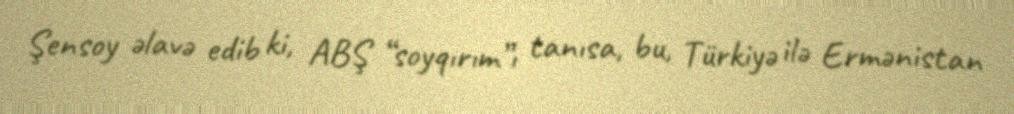
Şensoy əlavə edib ki, ABŞ “soyqırım”ı tanısa, bu, Türkiyə ilə Ermənistan